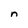
Character: n